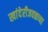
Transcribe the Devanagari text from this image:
खांदेरीजवळच्या